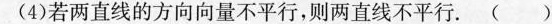
(4)若两直线的方向向量不平行，则两直线不平行。( )